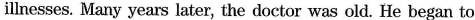
illnesses. Many years later, the doctor was old. He began to